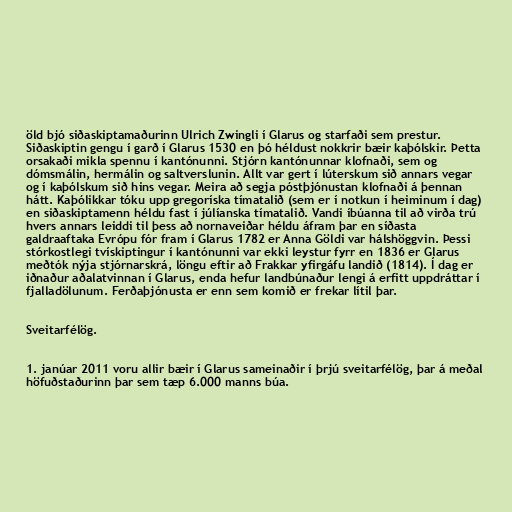
öld bjó siðaskiptamaðurinn Ulrich Zwingli í Glarus og starfaði sem prestur.
Siðaskiptin gengu í garð í Glarus 1530 en þó héldust nokkrir bæir kaþólskir. Þetta
orsakaði mikla spennu í kantónunni. Stjórn kantónunnar klofnaði, sem og
dómsmálin, hermálin og saltverslunin. Allt var gert í lúterskum sið annars vegar
og í kaþólskum sið hins vegar. Meira að segja póstþjónustan klofnaði á þennan
hátt. Kaþólikkar tóku upp gregoríska tímatalið (sem er í notkun í heiminum í dag)
en siðaskiptamenn héldu fast í júlíanska tímatalið. Vandi íbúanna til að virða trú
hvers annars leiddi til þess að nornaveiðar héldu áfram þar en síðasta
galdraaftaka Evrópu fór fram í Glarus 1782 er Anna Göldi var hálshöggvin. Þessi
stórkostlegi tvískiptingur í kantónunni var ekki leystur fyrr en 1836 er Glarus
meðtók nýja stjórnarskrá, löngu eftir að Frakkar yfirgáfu landið (1814). Í dag er
iðnaður aðalatvinnan í Glarus, enda hefur landbúnaður lengi á erfitt uppdráttar í
fjalladölunum. Ferðaþjónusta er enn sem komið er frekar lítil þar.

Sveitarfélög.

1. janúar 2011 voru allir bæir í Glarus sameinaðir í þrjú sveitarfélög, þar á meðal
höfuðstaðurinn þar sem tæp 6.000 manns búa.